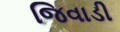
જિવાડી